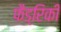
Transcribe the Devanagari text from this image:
फैड्रिकी